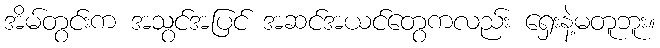
အိမ်တွင်းက အသွင်အပြင် အဆင်အယင်တွေကလည်း ရှေးနဲ့မတူဘူး။